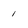
Character: 1